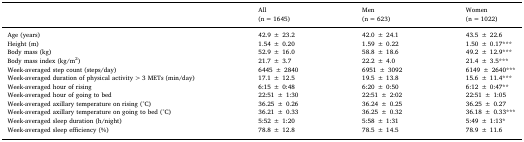
<table><thead><tr><td></td><td><b>All(n = 1645)</b></td><td><b>Men(n = 623)</b></td><td><b>Women(n = 1022)</b></td></tr></thead><tbody><tr><td>Age (years)</td><td>42.9 ± 23.2</td><td>42.0 ± 24.1</td><td>43.5 ± 22.6</td></tr><tr><td>Height (m)</td><td>1.54 ± 0.20</td><td>1.59 ± 0.22</td><td>1.50 ± 0.17***</td></tr><tr><td>Body mass (kg)</td><td>52.9 ± 16.0</td><td>58.8 ± 18.6</td><td>49.2 ± 12.9***</td></tr><tr><td>Body mass index (kg/m<sup>2</sup>)</td><td>21.7 ± 3.7</td><td>22.2 ± 4.0</td><td>21.4 ± 3.5***</td></tr><tr><td>Week-averaged step count (steps/day)</td><td>6445 ± 2840</td><td>6951 ± 3092</td><td>6149 ± 2640***</td></tr><tr><td>Week-averaged duration of physical activity &gt;3 METs (min/day)</td><td>17.1 ± 12.5</td><td>19.5 ± 13.8</td><td>15.6 ± 11.4***</td></tr><tr><td>Week-averaged hour of rising</td><td>6:15 ± 0:48</td><td>6:20 ± 0:50</td><td>6:12 ± 0:47**</td></tr><tr><td>Week-averaged hour of going to bed</td><td>22:51 ± 1:30</td><td>22:51 ± 2:02</td><td>22:51 ± 1:05</td></tr><tr><td>Week-averaged axillary temperature on rising (°C)</td><td>36.25 ± 0.26</td><td>36.24 ± 0.25</td><td>36.25 ± 0.27</td></tr><tr><td>Week-averaged axillary temperature on going to bed (°C)</td><td>36.21 ± 0.33</td><td>36.25 ± 0.32</td><td>36.18 ± 0.33***</td></tr><tr><td>Week-averaged sleep duration (h/night)</td><td>5:52 ± 1:20</td><td>5:58 ± 1:31</td><td>5:49 ± 1:13*</td></tr><tr><td>Week-averaged sleep efficiency (%)</td><td>78.8 ± 12.8</td><td>78.5 ± 14.5</td><td>78.9 ± 11.6</td></tr></tbody></table>